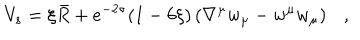
LaTeX: V _ { s } = \xi \bar { R } + e ^ { - 2 \sigma } ( 1 - 6 \xi ) \left( \nabla ^ { \mu } w _ { \mu } - w ^ { \mu } w _ { \mu } \right) ,